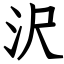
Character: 沢